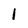
Character: l